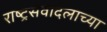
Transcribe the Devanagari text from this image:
राष्ट्रसेवादलाच्या